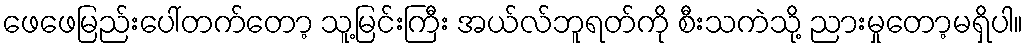
ဖေဖေမြည်းပေါ်တက်တော့ သူ့မြင်းကြီး အယ်လ်ဘူရတ်ကို စီးသကဲသို့ ညားမှုတော့မရှိပါ။